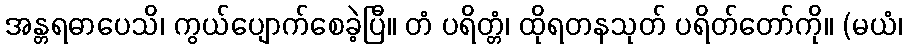
အန္တရဓာပေသိ၊ ကွယ်ပျောက်စေခဲ့ပြီ။ တံ ပရိတ္တံ၊ ထိုရတနသုတ် ပရိတ်တော်ကို။ (မယံ၊